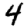
Digit: 4